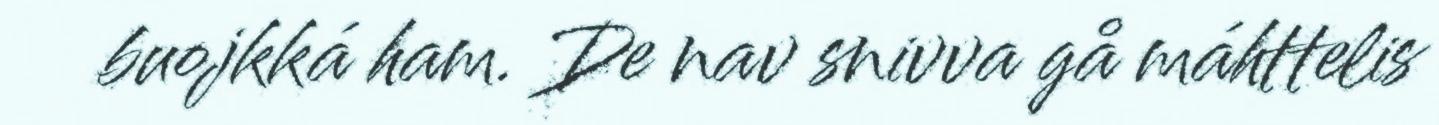
buojkká ham. De nav snivva gå máhttelis